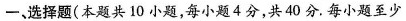
一、选择题(本题共10小题，每小题4分，共40分。每小题至少